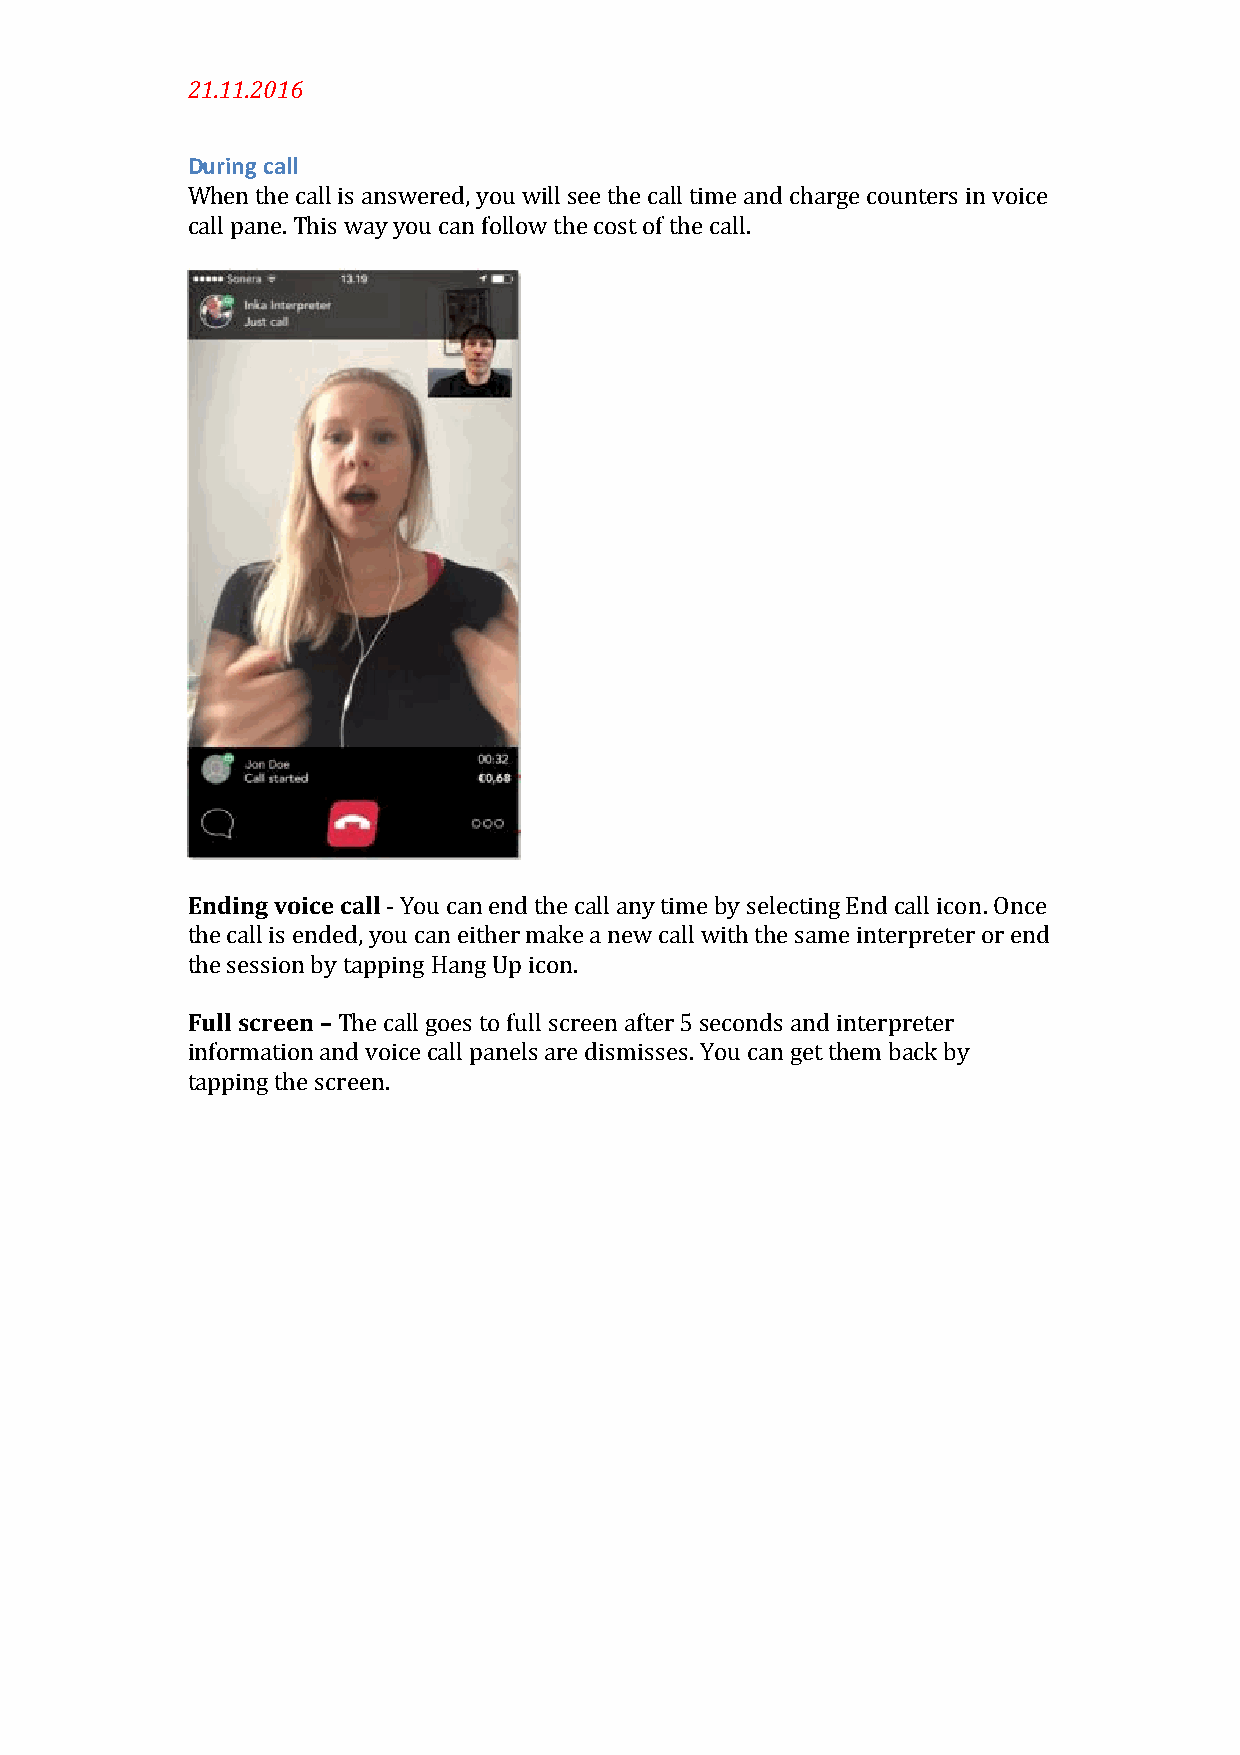
21.11.2016
 During call
 When the call is answered, you will see the call time and charge counters in voice
 call pane. This way you can follow the cost of the call.
 Ending voice call - You can end the call any time by selecting End call icon. Once
 the call is ended, you can either make a new call with the same interpreter or end
 the session by tapping Hang Up icon.
 Full screen – The call goes to full screen after 5 seconds and interpreter
 information and voice call panels are dismisses. You can get them back by
 tapping the screen.